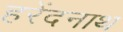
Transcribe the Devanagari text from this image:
हरेंदनाथ